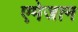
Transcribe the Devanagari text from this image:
एमेजान